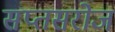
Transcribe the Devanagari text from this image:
सप्तसरोज